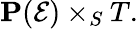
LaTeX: \mathbf{P}({\mathcal{E}})\times_{S}T.